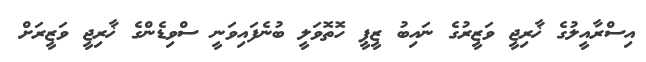
އިސްރާއީލުގެ ޚާރިޖީ ވަޒީރުގެ ނައިބު ޒީޕީ ހޮތޮވަލީ ބުނެފައިވަނީ ސްވިޑެންގެ ޚާރިޖީ ވަޒީރަށް